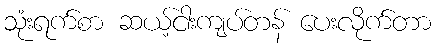
သုံးရက်စာ ဆယ့်ငါးကျပ်တန် ပေးလိုက်တာ